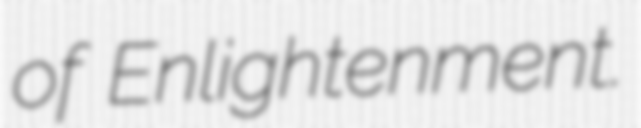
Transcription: of Enlightenment.